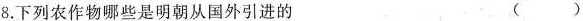
8.下列农作物哪些是明朝从国外引进的 ()